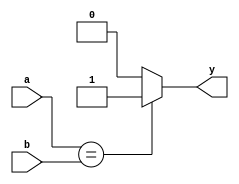
module eq(a,b,y);

input [3:0] a,b;
output reg y;

always @ (*) 
	begin
	if (a==b) y=1;
	
	else y=0;
	end
	
endmodule